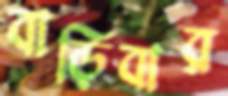
বাড়িবার